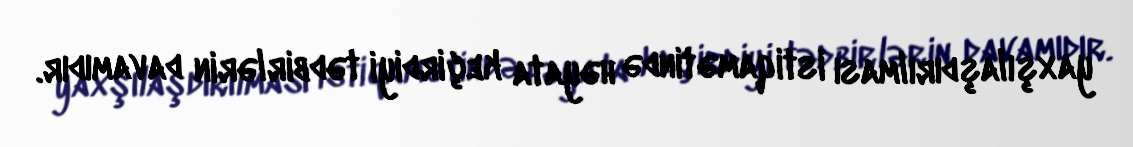
yaxşılaşdırılması istiqamətində həyata keçirdiyi tədbirlərin davamıdır.